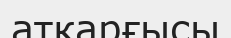
аткарғысы